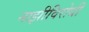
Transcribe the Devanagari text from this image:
नाझीविरोधी